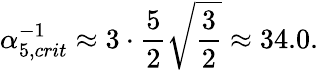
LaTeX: \alpha_{5,crit}^{-1}\approx 3\cdot\frac{5}{2}\sqrt{\frac{3}{2}}\approx 34.0.